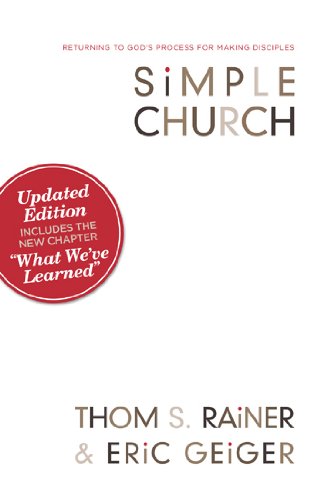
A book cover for Simple Church: Returning to God's Process for Making Disciples; Thom S. Rainer; Christian Books & Bibles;